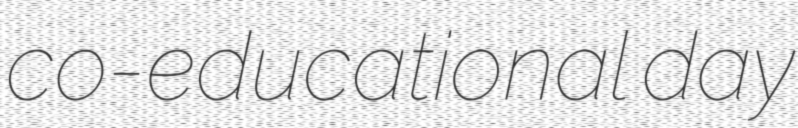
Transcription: co-educational day